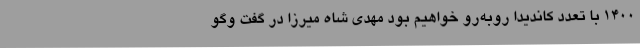
1400 با تعدد کاندیدا روبه‌رو خواهیم بود مهدی شاه میرزا در گفت وگو